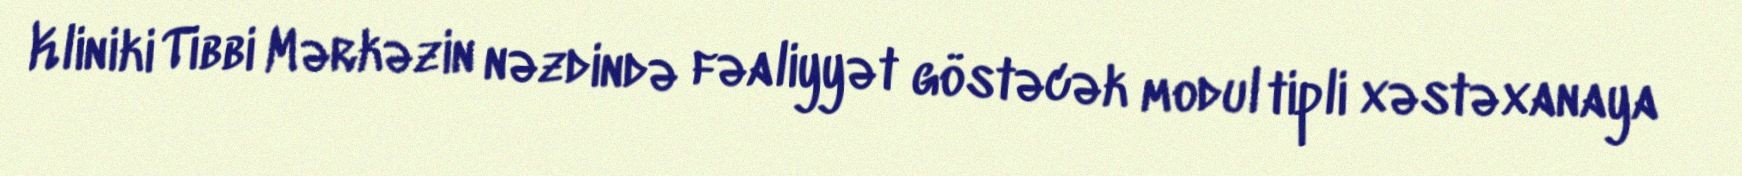
Kliniki Tibbi Mərkəzin nəzdində fəaliyyət göstəcək modul tipli xəstəxanaya